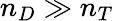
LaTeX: n_{D}\gg n_{T}